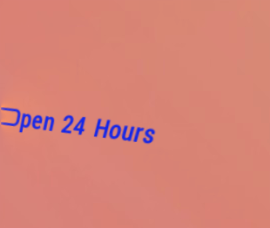
Open 24 Hours